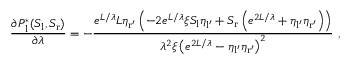
\frac { \partial P _ { \mathrm { l } } ^ { * } ( S _ { \mathrm { l } } , S _ { \mathrm { r } } ) } { \partial \lambda } = - \frac { e ^ { L / \lambda } L \eta _ { \mathrm { r ^ { \prime } } } \left( - 2 e ^ { L / \lambda } \xi S _ { \mathrm { l } } \eta _ { \mathrm { l ^ { \prime } } } + S _ { \mathrm { r } } \left( e ^ { 2 L / \lambda } + \eta _ { \mathrm { l ^ { \prime } } } \eta _ { \mathrm { r ^ { \prime } } } \right) \right) } { \lambda ^ { 2 } \xi \left( e ^ { 2 L / \lambda } - \eta _ { \mathrm { l ^ { \prime } } } \eta _ { \mathrm { r ^ { \prime } } } \right) ^ { 2 } } \ ,